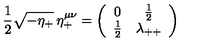
{ \frac { 1 } { 2 } } \sqrt { - \eta _ { + } } \: \eta _ { + } ^ { \mu \nu } = \left( \begin{array} { c c } { 0 } & { { { \frac { 1 } { 2 } } } } \\ { { { \frac { 1 } { 2 } } } } & { { \lambda _ { + + } } } \\ \end{array} \right)